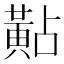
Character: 黇